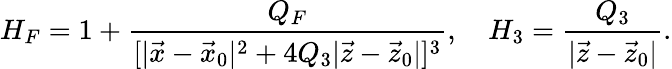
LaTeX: H_{F}=1+{\frac{Q_{F}}{[|\vec{x}-\vec{x}_{0}|^{2}+4Q_{3}|\vec{z}-\vec{z}_{0}|]^{3}}},\ \ \ \ H_{3}={\frac{Q_{3}}{|\vec{z}-\vec{z}_{0}|}}.